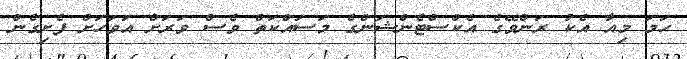
ހަމަ މިއާ އެކު ރަންވޭގެ އެކްސްޓެންޝަންގެ މަސައްކަތް ވެސް ވަރަށް އަވަހަށް ފެށިގެން